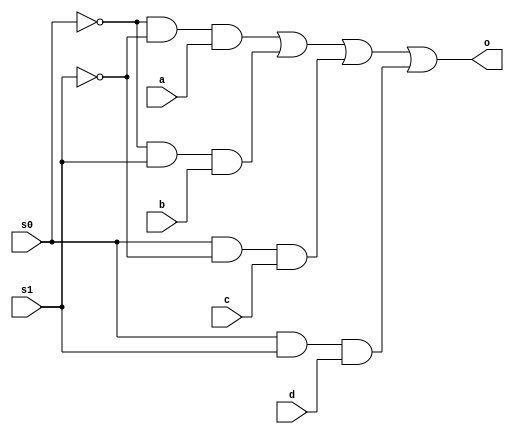
module m41(o, a, b, c, d, s0, s1);
  output o; 
  input a, b, c, d, s0, s1;
  wire s0c,s1c,l1,l2,l3,l4;
  not(s0c,s0);
  not(s1c,s1);
  and (l1,s0c,s1c,a),(l2,s0c,s1,b),(l3,s0,s1c,c),(l4,s0,s1,d);
  or (o,l1,l2,l3,l4);
endmodule